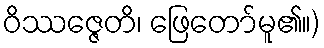
ဝိဿဇ္ဇေတိ၊ ဖြေတော်မူ၏။)